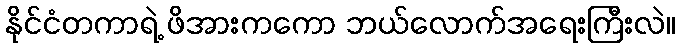
နိုင်ငံတကာရဲ့ ဖိအားကကော ဘယ်လောက်အရေးကြီးလဲ။